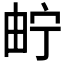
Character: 𤱤